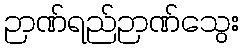
ဉာဏ်ရည်ဉာဏ်သွေး